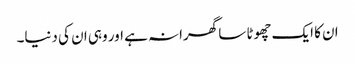
ان کا ایک چھوٹا سا گھرانہ ہے اور وہی ان کی دنیا۔